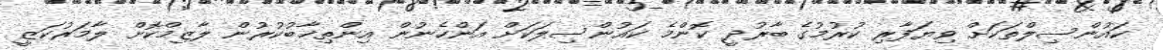
ކައުންސިލްތަކަށް ވިޔަފާރި ކުރުމުގެ ބާރުދީ ކޮންމެ ކައުންސިލަކަށް އަންހެނުން އިންތިޚާބުކުރުން ލާޒިމްކޮށް ލާމަރުކަޒީ